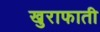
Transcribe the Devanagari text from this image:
खुराफाती